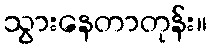
သွားနေတာတုန်း။